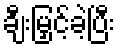
ချီးမြှင့်ခဲ့ပြီး